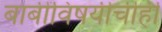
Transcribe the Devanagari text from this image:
बाबींविषयीचीही